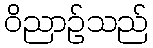
ဝိညာဉ်သည်